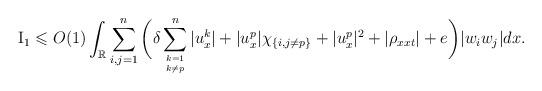
LaTeX: \begin{align*}{\rm{I}}_1\leqslant O(1) \int_\mathbb{R} \sum_{i,j=1}^n\bigg(\delta \sum_{k=1 \atop k \neq p}^n |u^k_x|+|u^p_x| \chi_{\{i,j \neq p\}}+ |u^p_x|^2 + |\rho_{xxt}|+ e\bigg) | w_iw_j | dx.\end{align*}